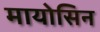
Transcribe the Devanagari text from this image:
मायोसिन